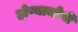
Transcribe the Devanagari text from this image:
होण्याजोगी